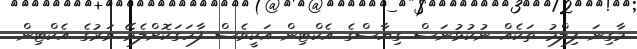
މާގިނަ ފިލްމު ތަކެއް ނުކުޅުނަސް ގިޔާސްގެ އެކްޓިން އަކީވެސް ފާހަގަކޮށްލެވޭ ވަރުގެ އެކްޓިން